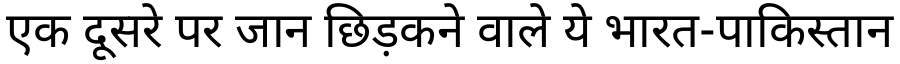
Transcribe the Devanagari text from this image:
एक दूसरे पर जान छिड़कने वाले ये भारत-पाकिस्तान